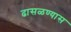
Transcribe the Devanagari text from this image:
ढासळण्यास